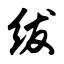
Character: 绂